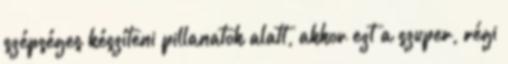
szépséges készíteni pillanatok alatt, akkor ezt a szuper, régi